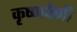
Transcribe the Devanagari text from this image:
कृष्णवेणी